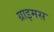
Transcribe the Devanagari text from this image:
ग्राइमस